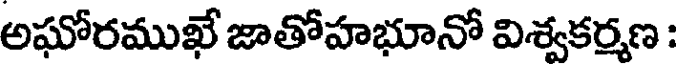
అఘోరముఖే జాతోహభూనో విశ్వకర్మణ :